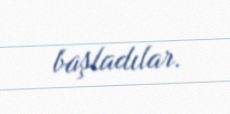
başladılar.